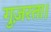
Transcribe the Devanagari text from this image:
गुज़रता।